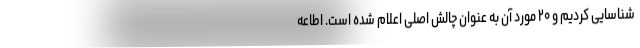
شناسایی کردیم و ۲۰ مورد آن به عنوان چالش اصلی اعلام شده است. اطاعه